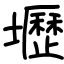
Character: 壢